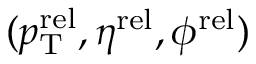
( p _ { \mathrm { T } } ^ { \mathrm { r e l } } , \eta ^ { \mathrm { r e l } } , \phi ^ { \mathrm { r e l } } )